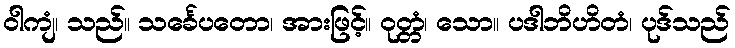
ဝါကျံ၊ သည်။ သင်္ခေပတော၊ အားဖြင့်။ ဝုတ္တံ၊ သော။ ပဒါဘိဟိတံ၊ ပုဒ်သည်